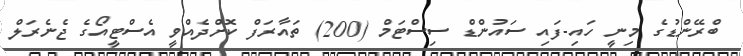
ބްރޭންޑުގެ މިނީ ހައި-ފައި ސައުންޑް ސިސްޓަމް (200) ތައާރަފް ކޮށްދެއްވީ އެސްޓީއޯގެ ޖެނެރަލް